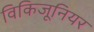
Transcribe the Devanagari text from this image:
विकिजूनियर